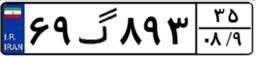
۶۹گ۸۹۳۳۵